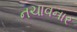
નચાવનાર